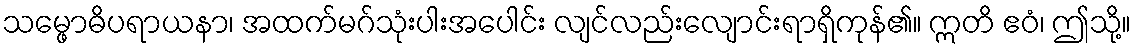
သမ္ဖောဓိပရာယနာ၊ အထက်မဂ်သုံးပါးအပေါင်း လျင်လည်းလျောင်းရာရှိကုန်၏။ ဣတိ ဧဝံ၊ ဤသို့။